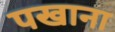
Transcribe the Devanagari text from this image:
पखाना